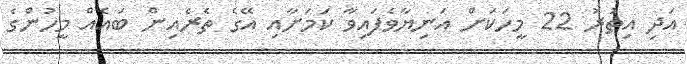
އަދި އިތުރު 22 މީހަކަށް އަނިޔާވެފައިވާ ކަމަށާއި އޭގެ ތެރެއިން ބައެއް މީހުންގެ